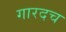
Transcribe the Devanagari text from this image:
गारदच